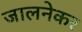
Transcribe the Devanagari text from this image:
जालनेकर